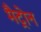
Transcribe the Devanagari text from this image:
मैट्रोन